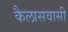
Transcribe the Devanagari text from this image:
कैलासवासी